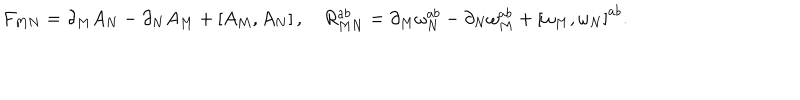
F _ { M N } = \partial _ { M } A _ { N } - \partial _ { N } A _ { M } + \left[ A _ { M } , A _ { N } \right] , \quad R _ { M N } ^ { a b } = \partial _ { M } \omega _ { N } ^ { a b } - \partial _ { N } \omega _ { M } ^ { a b } + \left[ \omega _ { M } , \omega _ { N } \right] ^ { a b } .